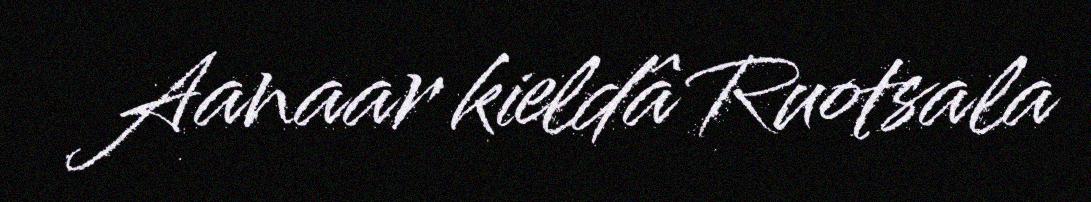
Aanaar kieldâ Ruotsala